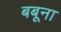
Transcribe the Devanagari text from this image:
बबूना